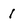
Character: 1